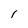
Character: I